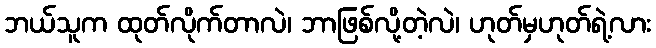
ဘယ်သူက ထုတ်လိုက်တာလဲ၊ ဘာဖြစ်လို့တဲ့လဲ၊ ဟုတ်မှဟုတ်ရဲ့လား